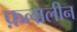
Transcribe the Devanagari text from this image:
फ़लालीन